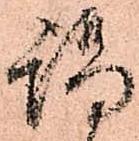
謁